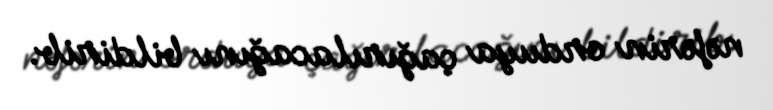
nəfərin orduya çağırılacağını bildirib.